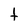
Character: t